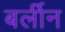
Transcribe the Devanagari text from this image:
बर्लीन